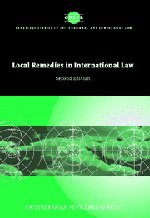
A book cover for Local Remedies in International Law (Cambridge Studies in International and Comparative Law); Chittharanjan Felix Amerasinghe; Law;